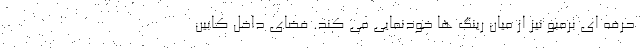
حرفه ای برمبو نیز از میان رینگ ها خودنمایی می کند. فضای داخل کابین